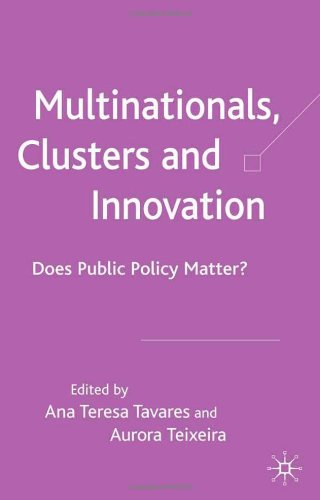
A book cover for Multinationals, Clusters and Innovation: Does Public Policy Matter?; Business & Money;